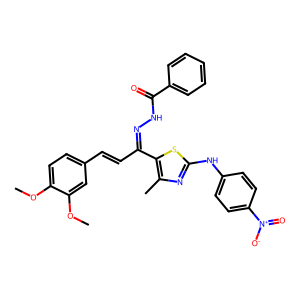
SMILES: COc1ccc(C=CC(=NNC(=O)c2ccccc2)c2sc(Nc3ccc([N+](=O)[O-])cc3)nc2C)cc1OC
Inhibits HIV replication: No